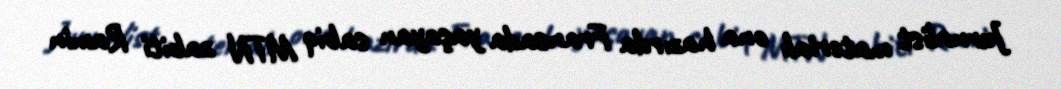
Jurnalist materialı ona hazırda Fransada yaşayan sabiq MTN zabiti Ramin